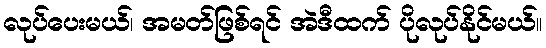
လုပ်ပေးမယ်၊ အမတ်ဖြစ်ရင် အဲဒီထက် ပိုလုပ်နိုင်မယ်။